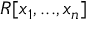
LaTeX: R [ x _ { 1 } , . . . , x _ { n } ]